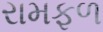
રામફળ